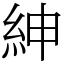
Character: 紳